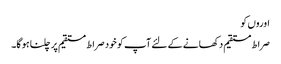
اوروں کو
صراط مستقیم دکھانے کے لئے آپ کو خود صراط مستقیم پر چلنا ہو گا۔